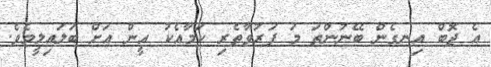
އެ ޖޮބް އިނގެން ބޭނުންތަ މަ ފަރުވާތެރި ކަމާއެކު އީން އަށް ބަލައިލީމެވެ.